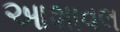
આશાવલ